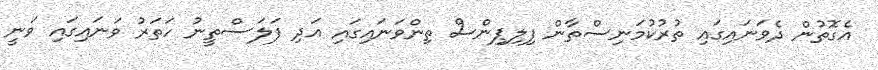
އެގޮތުން ދެވަނައިގައި ތުރުކުމަނިސްތާން ފިލިޕިންސް ތިންވަނައިގައި އަދި ފަލަސްތީނު ހަތަރު ވަނައިގައި ވަނީ